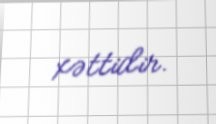
xəttidir.